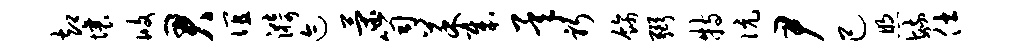
却壤攸君谊漪迹策笥菜哉承躬饰弼特伉尹己煦毓仕